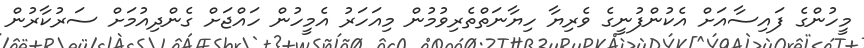
މީހުންގެ ފައިސާއަށް އެކުންފުނީގެ ވެރިޔާ ހިޔާނަތްތެރިވުމުން މިއަހަރު އެމީހުން ހައްޖަށް ގެންދިއުމަށް ސަރުކާރުން